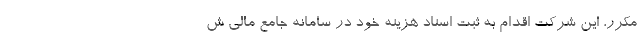
مکرر، این شرکت اقدام به ثبت اسناد هزینه خود در سامانه جامع مالی ش